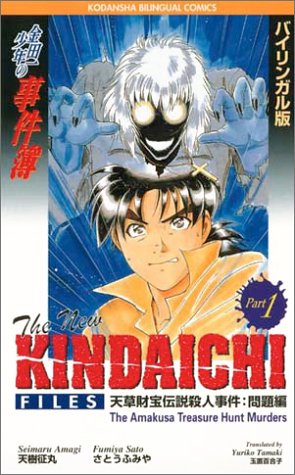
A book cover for The New Kindaichi Files: 1: Amakusa Treasure Hunt Murders (Kodansha bilingual comics) (English and Japanese Edition); Yozaburo Kanari; Humor & Entertainment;